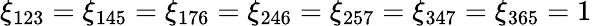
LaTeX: \xi_{123}=\xi_{145}=\xi_{176}=\xi_{246}=\xi_{257}=\xi_{347}=\xi_{365}=1